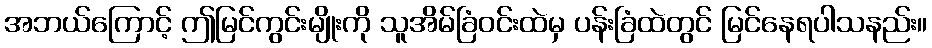
အဘယ်ကြောင့် ဤမြင်ကွင်းမျိုးကို သူအိမ်ခြံဝင်းထဲမှ ပန်းခြံထဲတွင် မြင်နေရပါသနည်း။